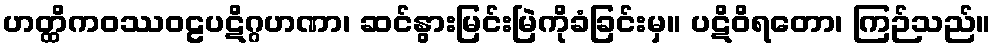
ဟတ္ထိကဝဿဝဠပဋိဂ္ဂဟဏာ၊ ဆင်နွားမြင်းမြဲကိုခံခြင်းမှ။ ပဋိဝိရတော၊ ကြဉ်သည်။